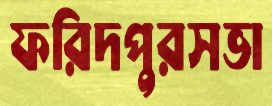
ফরিদপুরসভা